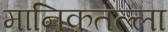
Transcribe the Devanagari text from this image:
मानिकतल्ला